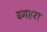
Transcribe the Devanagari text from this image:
वगहरा